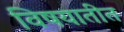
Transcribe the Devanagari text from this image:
विषयातीत